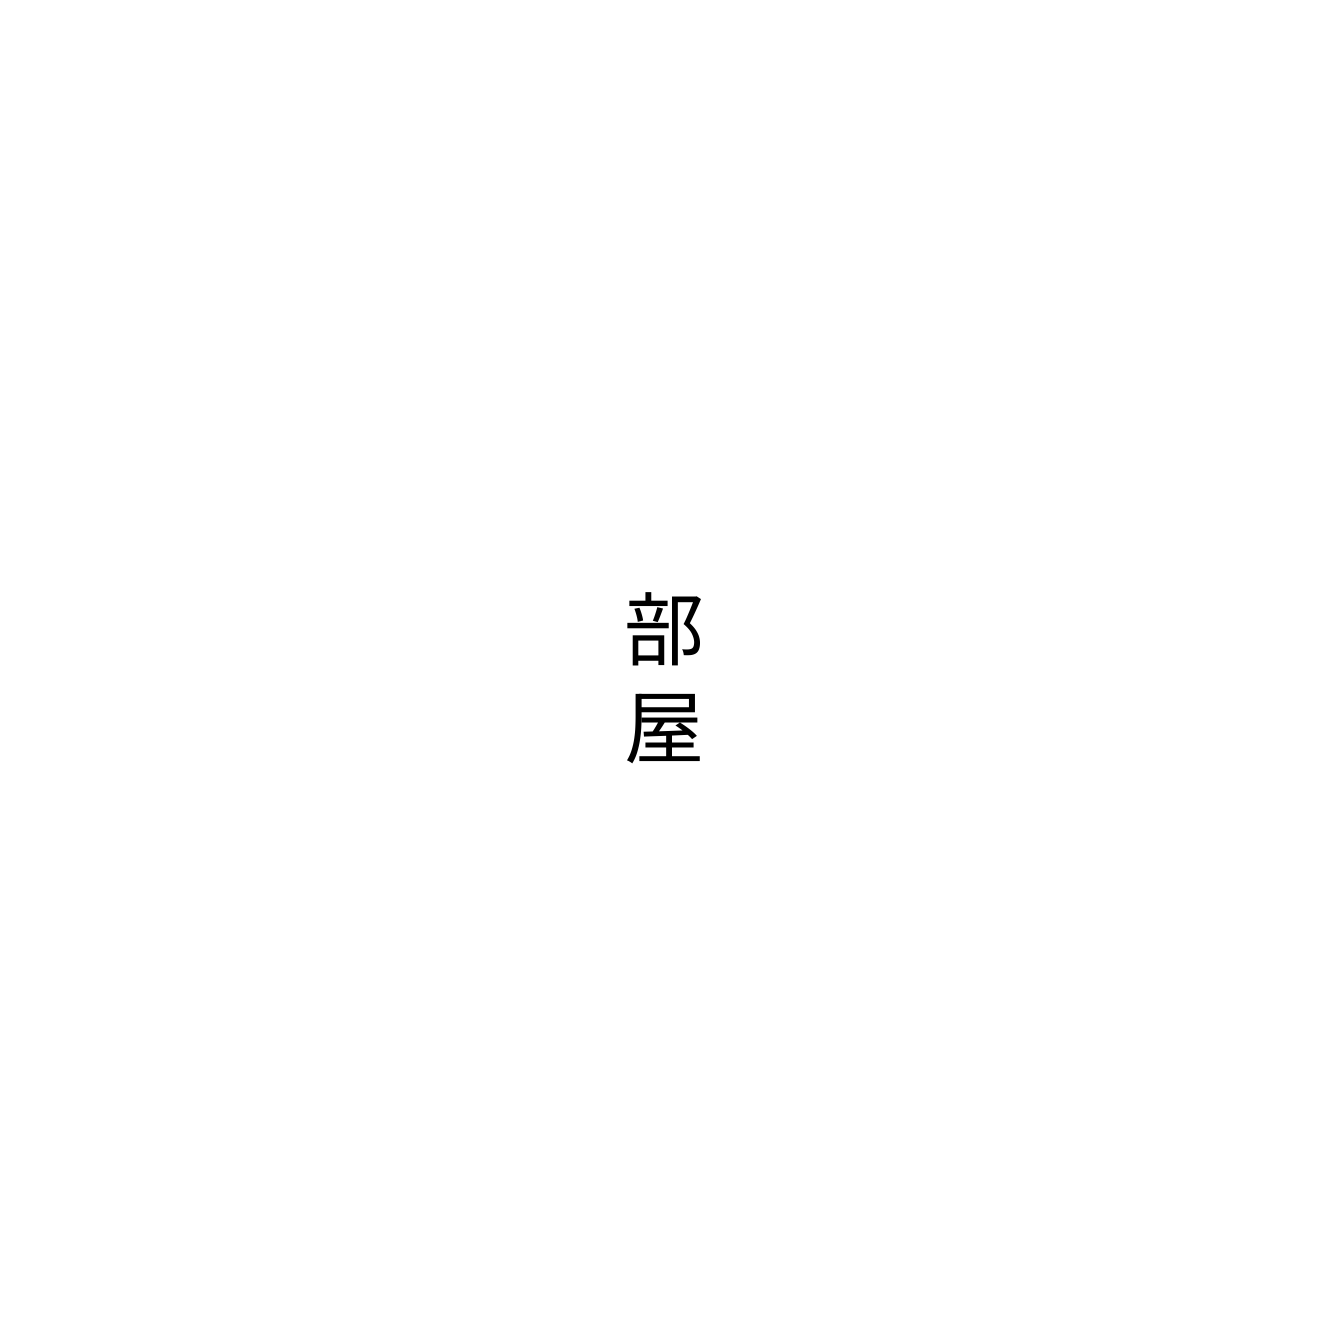
部屋